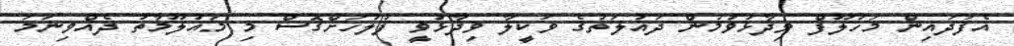
އެފަދައިން މަހުލޫފް ވިދާޅުވުމުން ދައުލަތުގެ ވަކީލާ ވިދާޅުވީ ފުލުހަށްގޮސް މި މައުލޫމާތު ދެއްވިނަމަ